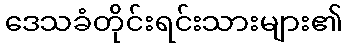
ဒေသခံတိုင်းရင်းသားများ၏